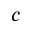
c